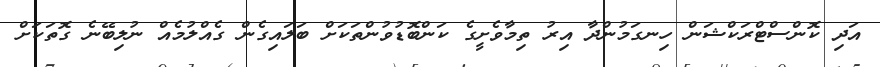
އަދި ކޮންސްޓްރަކްޝަން ހިނގަމުންދާ އިރު ތިމާވެށީގެ ކަންބޮޑުވުންތަކަށް ބަލައިގެން ގެއްލުމެއް ނުލިބޭނެ ގޮތަކަށް